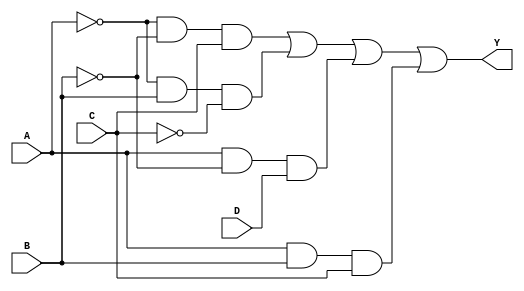
module FourVarKMap (
    input wire A, // Input variable A
    input wire B, // Input variable B
    input wire C, // Input variable C
    input wire D, // Input variable D
    output wire Y // Output Y
);

// Define the output Y using a simplified Boolean expression derived from the K-map
// Example groups (replace with your own minterms):
// For illustration, assume Y = A'B'C + A'BC' + AB'D + ABC

assign Y = (~A & ~B & C) | (~A & B & ~C) | (A & ~B & D) | (A & B & C);

endmodule